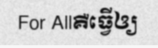
For Allគឺធ្វើឲ្យ